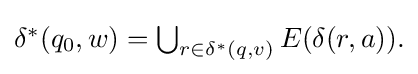
{\textstyle \delta ^{*}(q_{0},w)=\bigcup _{r\in \delta ^{*}(q,v)}E(\delta (r,a)).}